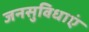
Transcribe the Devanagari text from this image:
जनसुविधाएं